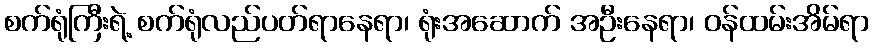
စက်ရုံကြီးရဲ့ စက်ရုံလည်ပတ်ရာနေရာ၊ ရုံးအဆောက် အဦးနေရာ၊ ဝန်ထမ်းအိမ်ရာ